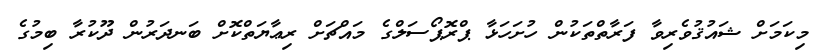
މިކަމަށް ޝައުޤުވެރިވާ ފަރާތްތަކުން ހުށަހަޅާ ޕްރޮޕޯސަލްގެ މައްޗަށް ރިޢާޔަތްކޮށް ބަނދަރުން ދޫކުރާ ބިމުގެ